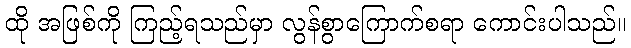
ထို အဖြစ်ကို ကြည့်ရသည်မှာ လွန်စွာကြောက်စရာ ကောင်းပါသည်။